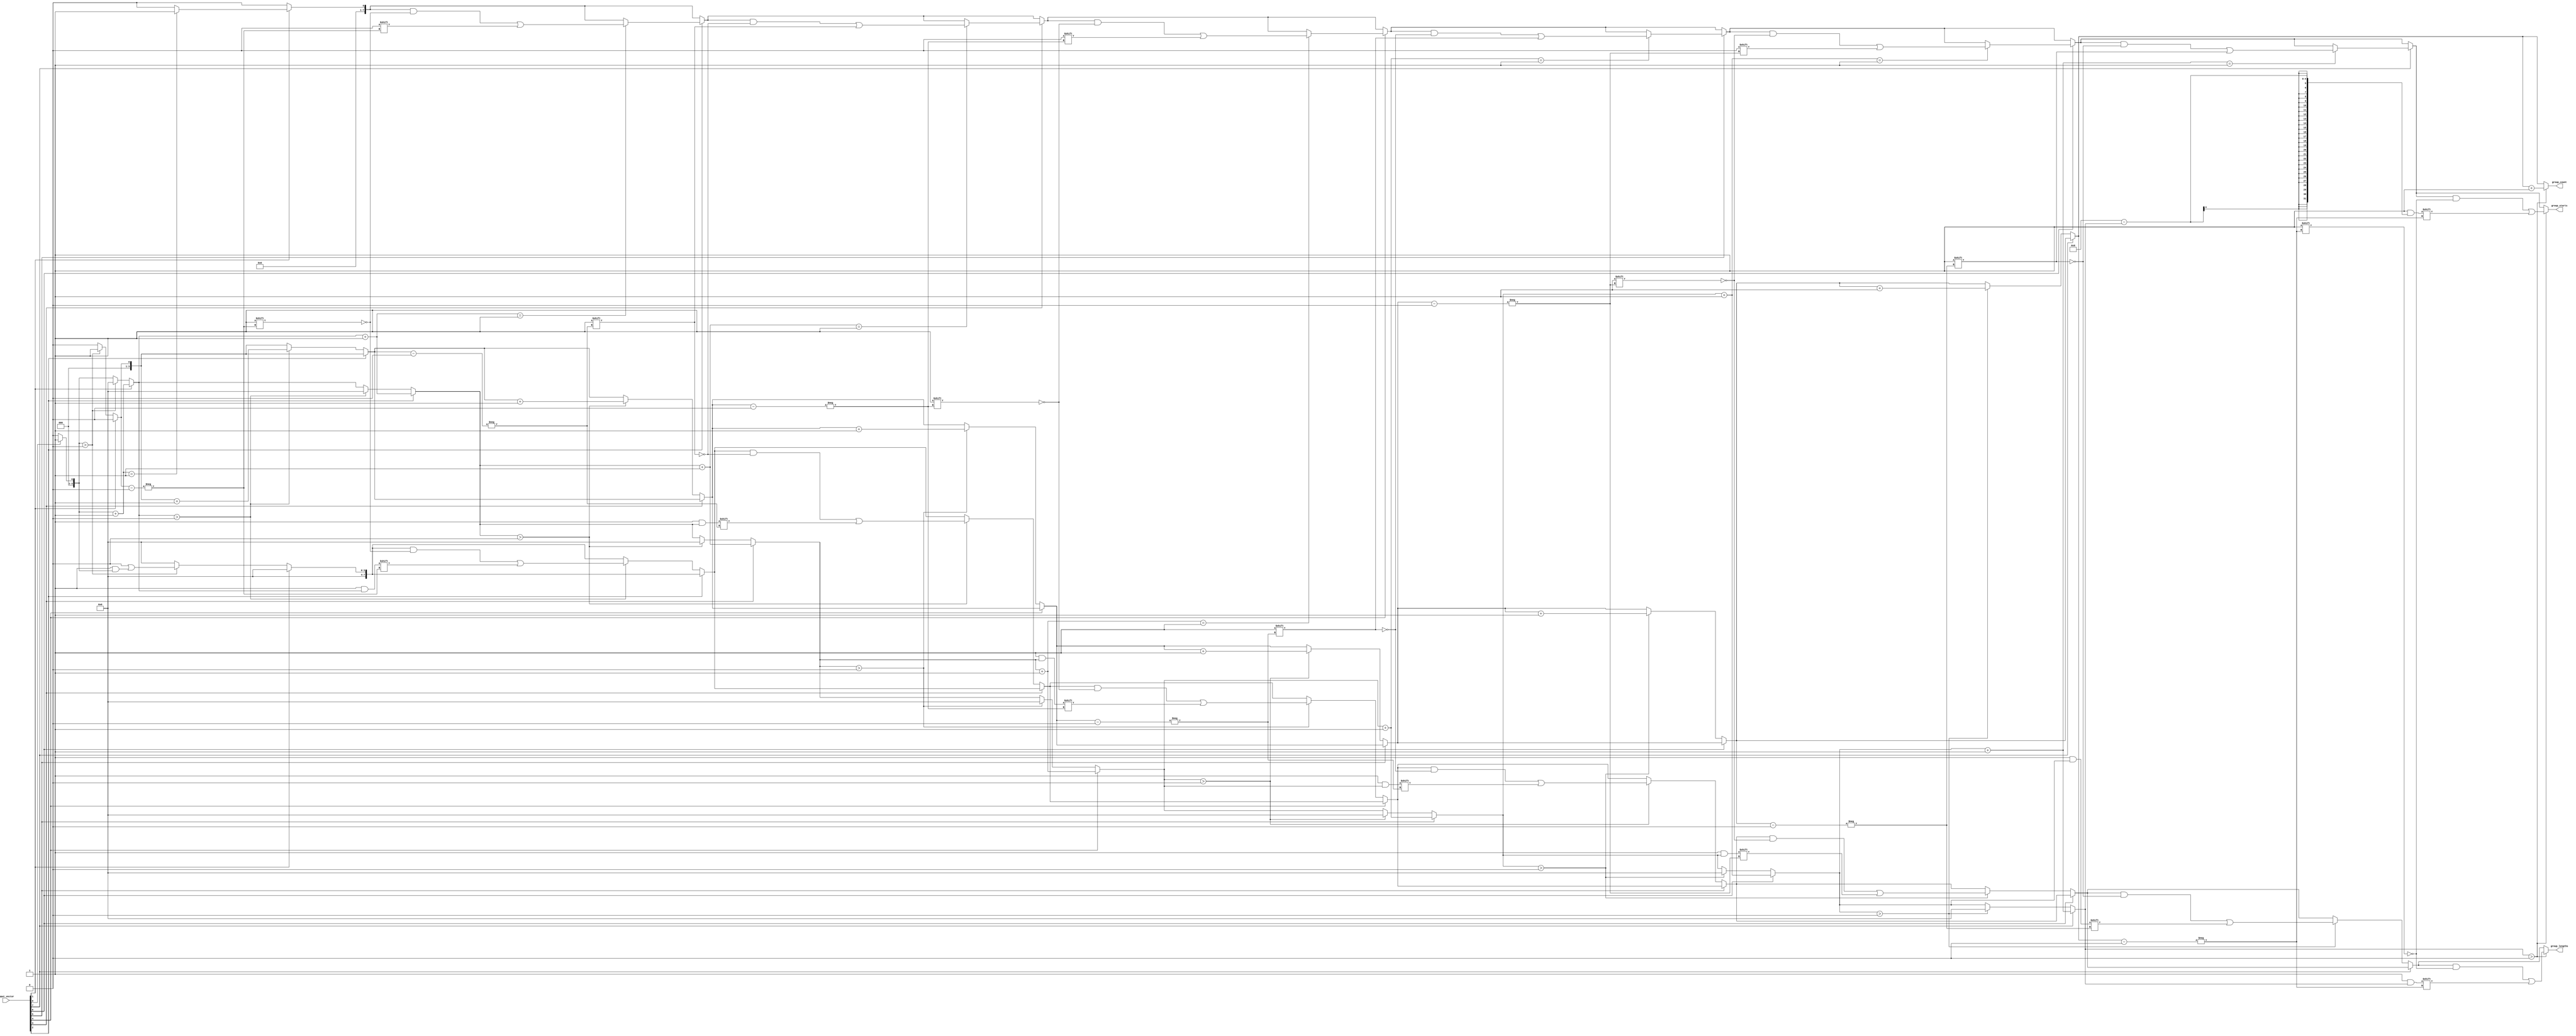
module group_ones (
    input  wire [N-1:0] input_vector,
    output reg [N-1:0] group_lengths, // Lengths of the groups of '1's
    output reg [N-1:0] group_starts,  // Start indices of the groups of '1's
    output reg [3:0] group_count       // Count of groups found
);
    parameter N = 8; // Define the length of the input vector

    integer i;
    reg [3:0] count;
    reg [N-1:0] temp_lengths; // Temporary storage for lengths
    reg [N-1:0] temp_starts;  // Temporary storage for starting indices

    always @(*) begin
        // Initialize outputs
        group_lengths = 0;
        group_starts = 0;
        group_count = 0;

        // Initialize counters
        count = 0;
        temp_lengths = 0;
        temp_starts = 0;

        // Sequential processing
        for (i = 0; i < N; i = i + 1) begin
            if (input_vector[i] == 1'b1) begin
                // Increment the count of current group
                count = count + 1;

                // If count is 1, this is the start of a new group
                if (count == 1) begin
                    temp_starts[group_count] = i; // Store start index
                end
            end else begin
                // If we encounter a '0' and the count is non-zero
                if (count > 0) begin
                    // Store the length of the group
                    temp_lengths[group_count] = count;
                    group_count = group_count + 1; // Move to next group
                    count = 0; // Reset the count
                end
            end
        end

        // Final check for a group that ends at the last bit
        if (count > 0) begin
            temp_lengths[group_count] = count;
            temp_starts[group_count] = N - count; // Store the start index of the last group
            group_count = group_count + 1; // Increment group count
        end

        // Assign the temporary results to outputs
        group_lengths = temp_lengths;
        group_starts = temp_starts;
        group_count = group_count;
    end
endmodule